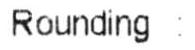
ROUNDING :